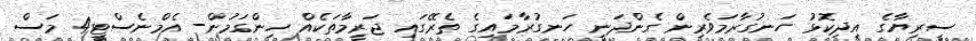
ސީރިޔާގެ އިދިކޮޅު ހަނގުރާމަވެރިން ގެންދަނީ ހަނގުރާމައިގެ ތެރޭގައި ޖަރީމާތަކެއް ހިންގަމުން- އެމްނެސްޓީ4 މަސް